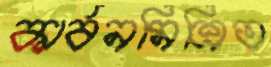
কার্বনমিশ্রিত